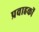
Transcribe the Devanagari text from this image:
प्रवाहकों